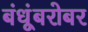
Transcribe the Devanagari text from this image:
बंधूंबरोबर